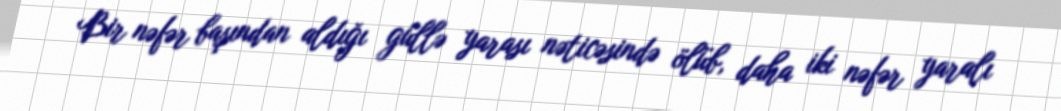
Bir nəfər başından aldığı güllə yarası nəticəsində ölüb, daha iki nəfər yaralı